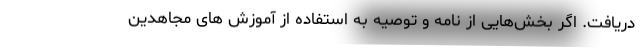
دریافت. اگر بخش‌هایی از نامه و توصیه به استفاده از آموزش های مجاهدین